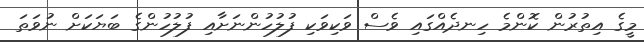
މީގެ އިތުރުން ކޮންމެ ހިނދެއްގައި ވެސް ވަކިވަކި ފުލުހުންނަށާއި ފުލުހުންގެ ބަޔަކަށް ނުވަތަ